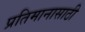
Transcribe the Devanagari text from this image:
प्रतिमानासाठी